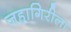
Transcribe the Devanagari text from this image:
जहागिरीला